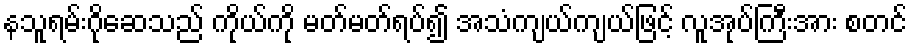
နသူရမ်းဂိုဆေသည် ကိုယ်ကို မတ်မတ်ရပ်၍ အသံကျယ်ကျယ်ဖြင့် လူအုပ်ကြီးအား စတင်